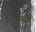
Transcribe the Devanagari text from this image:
बोधस्त्वं